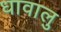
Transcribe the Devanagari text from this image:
धावालु